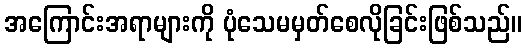
အကြောင်းအရာများကို ပုံသေမမှတ်စေလိုခြင်းဖြစ်သည်။